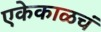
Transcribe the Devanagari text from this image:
एकेकाळचं